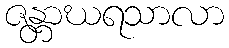
ဇန္တာဃရသာလာ